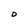
Character: O